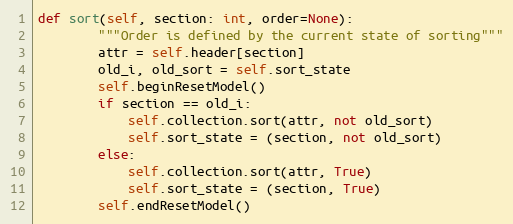
Language: Python
def sort(self, section: int, order=None):
        """Order is defined by the current state of sorting"""
        attr = self.header[section]
        old_i, old_sort = self.sort_state
        self.beginResetModel()
        if section == old_i:
            self.collection.sort(attr, not old_sort)
            self.sort_state = (section, not old_sort)
        else:
            self.collection.sort(attr, True)
            self.sort_state = (section, True)
        self.endResetModel()